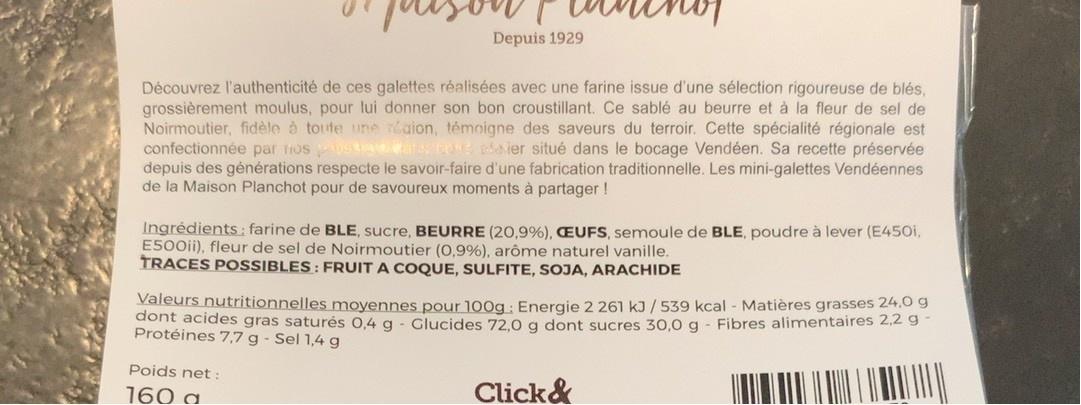
Depuis 1929
Découvrez l'authenticité de ces galettes réalisées avec une farine issue d'une sélection rigoureuse de blés, grossièrement moulus, pour lui donner son bon croustillant. Ce sablé au beurre et à la fleur de sel de Noirmoutier, fidèle à toute une aion, témoigne des saveurs du terroir. Cette spécialité régionale est confectionnée par tros s ears e da ier situé dans le bocage Vendéen. Sa recette préservée depuis des générations respecte le savoir-faire d'une fabrication traditionnelle. Les mini-galettes Vendéennes de la Maison Planchot pour de savoureux moments à partager!
Ingrédients: farine de BLE, sucre, BEURRE (20,9%), EUFS, semoule de BLE, poudre à lever (E450i, E500ii), fleur de sel de Noirmoutier (O,9%), arôme naturel vanille. TRACES POSSIBLES: FRUIT A COQUE, SULFITE, SOJA, ARACHIDE
Valeurs nutritionnelles moyennes pour 100g: Energie 2 261 kJ /539 kcal - Matières grasses 24,0 g dont acides gras saturés 0,4 g - Glucides 72.0 a dont sucres 30.0 g - Fibres alimentaires 2,2 g Protéines 7,7 g - Sel 1,4 g
Poids net :
160 a.
Click&